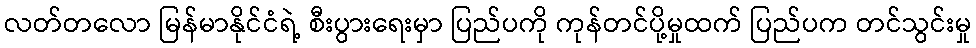
လတ်တလော မြန်မာနိုင်ငံရဲ့ စီးပွားရေးမှာ ပြည်ပကို ကုန်တင်ပို့မှုထက် ပြည်ပက တင်သွင်းမှု